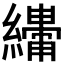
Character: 𬘆